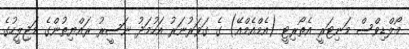
މޯލްޑިވްސް މަނިޓަރީ އެތޯރިޓީ (އެމްއެމްއޭ) ގެ ގަވަރުނަރު އަހުމަދު ނަސީރު ރައްޔިތުންގެ މަޖިލީހުގެ